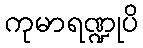
ကုမာရဏ္ဍုပိ